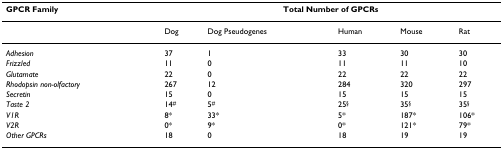
<table><thead><tr><td><b>GPCR Family</b></td><td colspan="5"><b>Total Number of GPCRs</b></td></tr></thead><tbody><tr><td></td><td>Dog</td><td>Dog Pseudogenes</td><td>Human</td><td>Mouse</td><td>Rat</td></tr><tr><td><i>Adhesion</i></td><td>37</td><td>1</td><td>33</td><td>30</td><td>30</td></tr><tr><td><i>Frizzled</i></td><td>11</td><td>0</td><td>11</td><td>11</td><td>10</td></tr><tr><td><i>Glutamate</i></td><td>22</td><td>0</td><td>22</td><td>22</td><td>22</td></tr><tr><td><i>Rhodopsin non-olfactory</i></td><td>267</td><td>12</td><td>284</td><td>320</td><td>297</td></tr><tr><td><i>Secretin</i></td><td>15</td><td>0</td><td>15</td><td>15</td><td>15</td></tr><tr><td><i>Taste 2</i></td><td>14<sup>#</sup></td><td>5<sup>#</sup></td><td>25<sup>§</sup></td><td>35<sup>§</sup></td><td>35<sup>§</sup></td></tr><tr><td><i>V1R</i></td><td>8*</td><td>33*</td><td>5*</td><td>187*</td><td>106*</td></tr><tr><td><i>V2R</i></td><td>0*</td><td>9*</td><td>0*</td><td>121*</td><td>79*</td></tr><tr><td><i>Other GPCRs</i></td><td>18</td><td>0</td><td>18</td><td>19</td><td>19</td></tr></tbody></table>